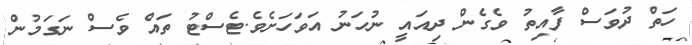
ހަތް ދުވަސް ފާއިތު ވެގެން ދިއައީ ނުހަނު އަވަހަށެވެ.ޓެސްޓު ތައް ވެސް ނަގަމުން